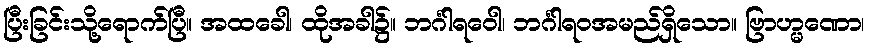
ပြီးခြင်းသို့ရောက်ပြီ။ အထခေါ၊ ထိုအခါ၌။ ဘင်္ဂါရဝေါ၊ ဘင်္ဂါရဝအမည်ရှိသော။ ဗြာဟ္မဏော၊